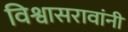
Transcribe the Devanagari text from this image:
विश्वासरावांनी